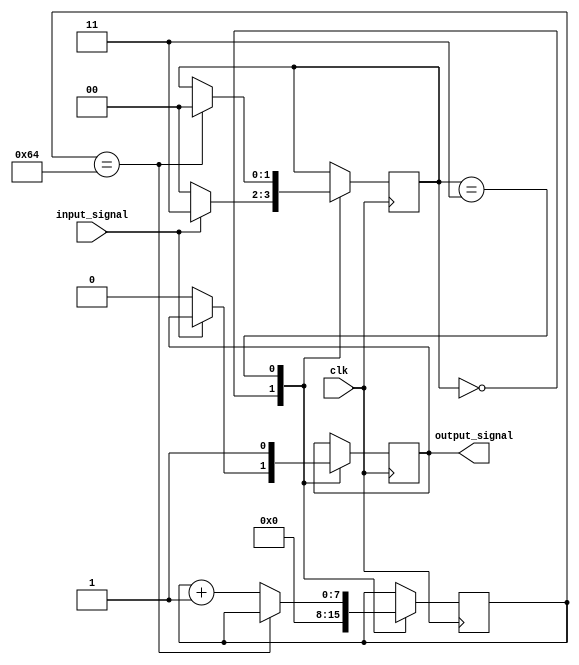
`timescale 1ns / 1ps
//////////////////////////////////////////////////////////////////////////////////
// Company: 
// Engineer: 
// 
// Design Name: 
// Module Name:    stretcher 
// Project Name: 
// Target Devices: 
// Tool versions: 
// Description: 
//
// Dependencies: 
//
// Revision: 
// Revision 0.01 - File Created
// Additional Comments: 
//
//////////////////////////////////////////////////////////////////////////////////
module stretcher(clk, input_signal, output_signal
    );
input clk;
input input_signal;
output reg output_signal;

parameter [1:0] COUNTING = 2'b11;
parameter [1:0] IDLE = 2'b00;
reg [1:0] state =IDLE;
reg [7:0] count = 0;
	always @(posedge clk) begin
		case (state)
		IDLE: begin
			count<=0;
		   if (input_signal==1) state<=COUNTING;
		   else begin
			state <= IDLE;
			output_signal<=0;
			end
		end
		COUNTING: begin
			output_signal<=1;
			if (count==100) state<=IDLE;
			else begin
			count<= count + 1;
			end
		end
		endcase
	end
endmodule